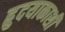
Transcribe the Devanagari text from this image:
ह्रुदयाकाशी